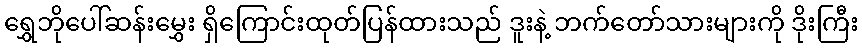
ရွှေဘိုပေါ်ဆန်းမွှေး ရှိကြောင်းထုတ်ပြန်ထားသည် ဒူးနဲ့ ဘက်တော်သားများကို ဒိုးကြီး